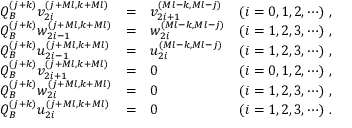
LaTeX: \begin{array} { l c l r } { { Q _ { B } ^ { ( j + k ) } v _ { 2 i } ^ { ( j + M l , k + M l ) } } } & { { = } } & { { v _ { 2 i + 1 } ^ { ( M l - k , M l - j ) } } } & { { ( i = 0 , 1 , 2 , \cdots ) \, \, , } } \\ { { Q _ { B } ^ { ( j + k ) } w _ { 2 i - 1 } ^ { ( j + M l , k + M l ) } } } & { { = } } & { { w _ { 2 i } ^ { ( M l - k , M l - j ) } } } & { { ( i = 1 , 2 , 3 , \cdots ) \, \, , } } \\ { { Q _ { B } ^ { ( j + k ) } u _ { 2 i - 1 } ^ { ( j + M l , k + M l ) } } } & { { = } } & { { u _ { 2 i } ^ { ( M l - k , M l - j ) } } } & { { ( i = 1 , 2 , 3 , \cdots ) \, \, , } } \\ { { Q _ { B } ^ { ( j + k ) } v _ { 2 i + 1 } ^ { ( j + M l , k + M l ) } } } & { { = } } & { { 0 } } & { { ( i = 0 , 1 , 2 , \cdots ) \, \, , } } \\ { { Q _ { B } ^ { ( j + k ) } w _ { 2 i } ^ { ( j + M l , k + M l ) } } } & { { = } } & { { 0 } } & { { ( i = 1 , 2 , 3 , \cdots ) \, \, , } } \\ { { Q _ { B } ^ { ( j + k ) } u _ { 2 i } ^ { ( j + M l , k + M l ) } } } & { { = } } & { { 0 } } & { { ( i = 1 , 2 , 3 , \cdots ) \, \, . } } \end{array}